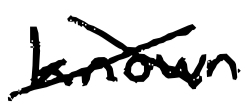
Text: known
Cross-out: cross
Writing tool: digital_black